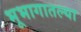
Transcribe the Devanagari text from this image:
भूभागातल्या